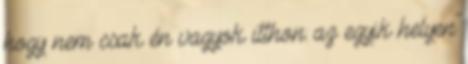
hogy nem csak én vagyok itthon: az egyik helyen